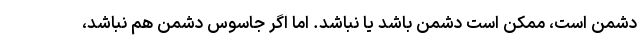
دشمن است، ممکن است دشمن باشد یا نباشد. اما اگر جاسوس دشمن هم نباشد،